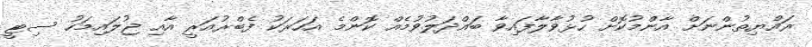
ރައްޔިތުންނަށް އާންމުކޮށް ހުޅުވާލާފައިވާ ބައްދަލުވުމެއް ކޮންމެ އަހަރަކު ފެބްރުއަރީ އާއި ޖުލައިމަހު ސިޓީ